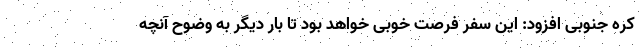
کره جنوبی افزود: این سفر فرصت خوبی خواهد بود تا بار دیگر به وضوح آنچه